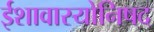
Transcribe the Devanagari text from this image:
ईशावास्योनिषद